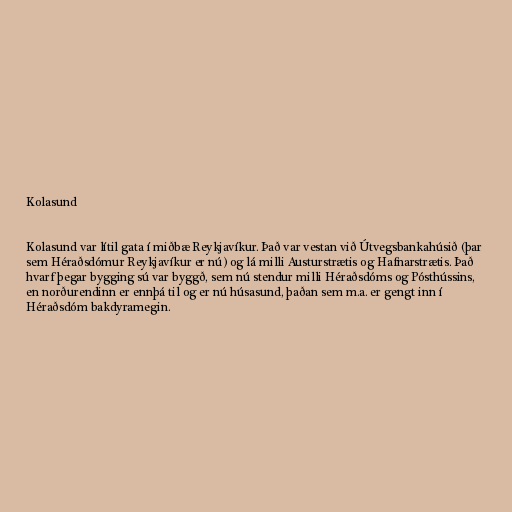
Kolasund

Kolasund var lítil gata í miðbæ Reykjavíkur. Það var vestan við Útvegsbankahúsið (þar
sem Héraðsdómur Reykjavíkur er nú) og lá milli Austurstrætis og Hafnarstrætis. Það
hvarf þegar bygging sú var byggð, sem nú stendur milli Héraðsdóms og Pósthússins,
en norðurendinn er ennþá til og er nú húsasund, þaðan sem m.a. er gengt inn í
Héraðsdóm bakdyramegin.